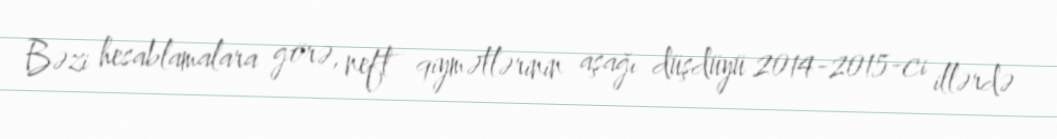
Bəzi hesablamalara görə, neft qiymətlərinin aşağı düşdüyü 2014-2015-ci illərdə